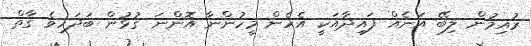
ރުއިމުން ލިބޭ އަނެއް ފައިދާއަކީ އެހެން މީހުންނާ އޮންނަ ގުޅުން ބަދަހިވެ ގާތް